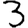
Digit: 3